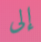
إلى